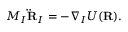
\begin{array} { r } { M _ { I } { \bf \ddot { R } } _ { I } = - \nabla _ { I } U ( { \bf R } ) . } \end{array}